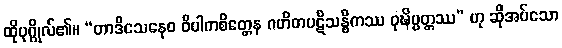
ထိုပုဂ္ဂိုလ်၏။ “တာဒိသေနေဝ ဝိပါကစိတ္တေန ဂဟိတပဋိသန္ဓိကဿ ဝုဍ္ဎိပ္ပတ္တဿ” ဟု ဆိုအပ်သော